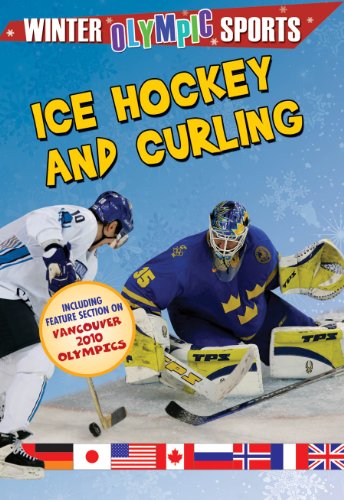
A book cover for Ice Hockey and Curling (Winter Olympic Sports); Robin Johnson; Children's Books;